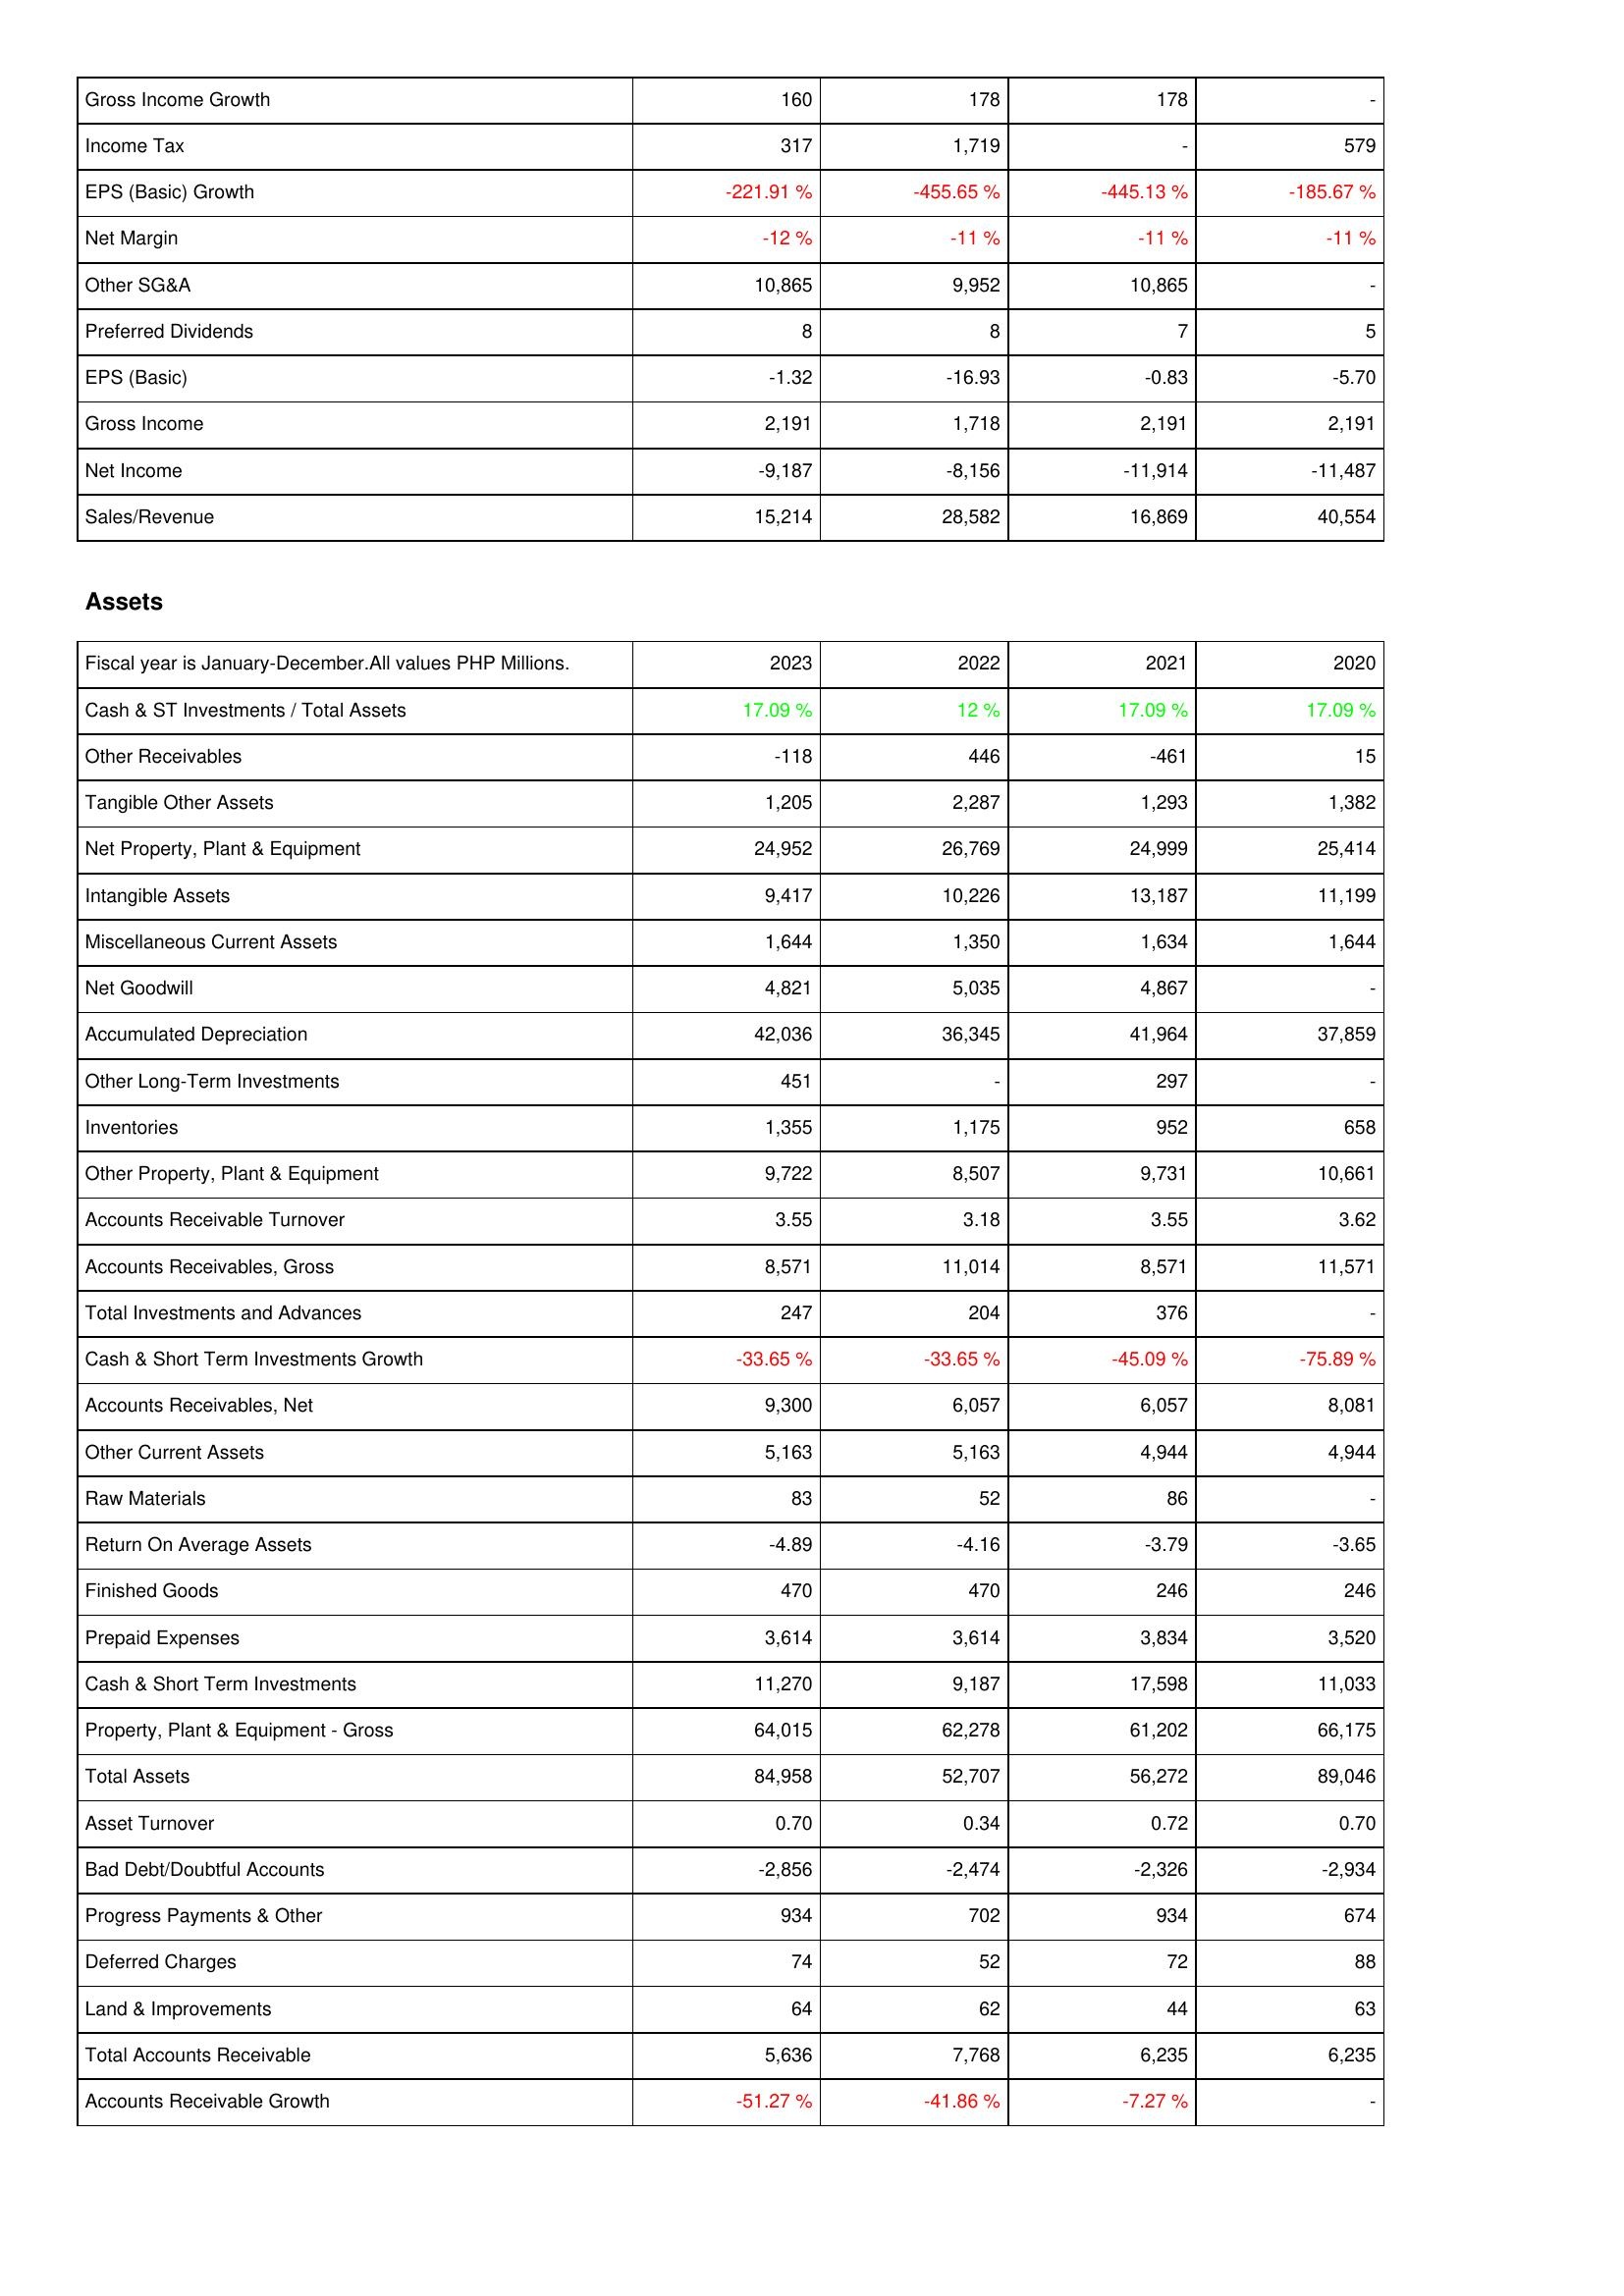
2023: Income Statement: Gross Income Growth: 160
Income Tax: 317
EPS (Basic) Growth: -221.91 %
Net Margin: -12 %
Other SG&A: 10,865
Preferred Dividends: 8
EPS (Basic): -1.32
Gross Income: 2,191
Net Income: -9,187
Sales/Revenue: 15,214
Assets: Cash & ST Investments / Total Assets: 17.09 %
Other Receivables: -118
Tangible Other Assets: 1,205
Net Property, Plant & Equipment: 24,952
Intangible Assets: 9,417
Miscellaneous Current Assets: 1,644
Net Goodwill: 4,821
Accumulated Depreciation: 42,036
Other Long-Term Investments: 451
Inventories: 1,355
Other Property, Plant & Equipment: 9,722
Accounts Receivable Turnover: 3.55
Accounts Receivables, Gross: 8,571
Total Investments and Advances: 247
Cash & Short Term Investments Growth: -33.65 %
Accounts Receivables, Net: 9,300
Other Current Assets: 5,163
Raw Materials: 83
Return On Average Assets: -4.89
Finished Goods: 470
Prepaid Expenses: 3,614
Cash & Short Term Investments: 11,270
Property, Plant & Equipment - Gross: 64,015
Total Assets: 84,958
Asset Turnover: 0.70
Bad Debt/Doubtful Accounts: -2,856
Progress Payments & Other: 934
Deferred Charges: 74
Land & Improvements: 64
Total Accounts Receivable: 5,636
Accounts Receivable Growth: -51.27 %
2022: Income Statement: Gross Income Growth: 178
Income Tax: 1,719
EPS (Basic) Growth: -455.65 %
Net Margin: -11 %
Other SG&A: 9,952
Preferred Dividends: 8
EPS (Basic): -16.93
Gross Income: 1,718
Net Income: -8,156
Sales/Revenue: 28,582
Assets: Cash & ST Investments / Total Assets: 12 %
Other Receivables: 446
Tangible Other Assets: 2,287
Net Property, Plant & Equipment: 26,769
Intangible Assets: 10,226
Miscellaneous Current Assets: 1,350
Net Goodwill: 5,035
Accumulated Depreciation: 36,345
Other Long-Term Investments: -
Inventories: 1,175
Other Property, Plant & Equipment: 8,507
Accounts Receivable Turnover: 3.18
Accounts Receivables, Gross: 11,014
Total Investments and Advances: 204
Cash & Short Term Investments Growth: -33.65 %
Accounts Receivables, Net: 6,057
Other Current Assets: 5,163
Raw Materials: 52
Return On Average Assets: -4.16
Finished Goods: 470
Prepaid Expenses: 3,614
Cash & Short Term Investments: 9,187
Property, Plant & Equipment - Gross: 62,278
Total Assets: 52,707
Asset Turnover: 0.34
Bad Debt/Doubtful Accounts: -2,474
Progress Payments & Other: 702
Deferred Charges: 52
Land & Improvements: 62
Total Accounts Receivable: 7,768
Accounts Receivable Growth: -41.86 %
2021: Income Statement: Gross Income Growth: 178
Income Tax: -
EPS (Basic) Growth: -445.13 %
Net Margin: -11 %
Other SG&A: 10,865
Preferred Dividends: 7
EPS (Basic): -0.83
Gross Income: 2,191
Net Income: -11,914
Sales/Revenue: 16,869
Assets: Cash & ST Investments / Total Assets: 17.09 %
Other Receivables: -461
Tangible Other Assets: 1,293
Net Property, Plant & Equipment: 24,999
Intangible Assets: 13,187
Miscellaneous Current Assets: 1,634
Net Goodwill: 4,867
Accumulated Depreciation: 41,964
Other Long-Term Investments: 297
Inventories: 952
Other Property, Plant & Equipment: 9,731
Accounts Receivable Turnover: 3.55
Accounts Receivables, Gross: 8,571
Total Investments and Advances: 376
Cash & Short Term Investments Growth: -45.09 %
Accounts Receivables, Net: 6,057
Other Current Assets: 4,944
Raw Materials: 86
Return On Average Assets: -3.79
Finished Goods: 246
Prepaid Expenses: 3,834
Cash & Short Term Investments: 17,598
Property, Plant & Equipment - Gross: 61,202
Total Assets: 56,272
Asset Turnover: 0.72
Bad Debt/Doubtful Accounts: -2,326
Progress Payments & Other: 934
Deferred Charges: 72
Land & Improvements: 44
Total Accounts Receivable: 6,235
Accounts Receivable Growth: -7.27 %
2020: Income Statement: Gross Income Growth: -
Income Tax: 579
EPS (Basic) Growth: -185.67 %
Net Margin: -11 %
Other SG&A: -
Preferred Dividends: 5
EPS (Basic): -5.70
Gross Income: 2,191
Net Income: -11,487
Sales/Revenue: 40,554
Assets: Cash & ST Investments / Total Assets: 17.09 %
Other Receivables: 15
Tangible Other Assets: 1,382
Net Property, Plant & Equipment: 25,414
Intangible Assets: 11,199
Miscellaneous Current Assets: 1,644
Net Goodwill: -
Accumulated Depreciation: 37,859
Other Long-Term Investments: -
Inventories: 658
Other Property, Plant & Equipment: 10,661
Accounts Receivable Turnover: 3.62
Accounts Receivables, Gross: 11,571
Total Investments and Advances: -
Cash & Short Term Investments Growth: -75.89 %
Accounts Receivables, Net: 8,081
Other Current Assets: 4,944
Raw Materials: -
Return On Average Assets: -3.65
Finished Goods: 246
Prepaid Expenses: 3,520
Cash & Short Term Investments: 11,033
Property, Plant & Equipment - Gross: 66,175
Total Assets: 89,046
Asset Turnover: 0.70
Bad Debt/Doubtful Accounts: -2,934
Progress Payments & Other: 674
Deferred Charges: 88
Land & Improvements: 63
Total Accounts Receivable: 6,235
Accounts Receivable Growth: -